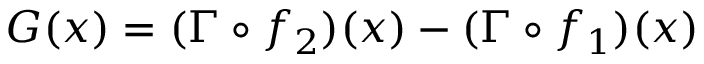
G ( x ) = ( \Gamma \circ f _ { 2 } ) ( x ) - ( \Gamma \circ f _ { 1 } ) ( x )